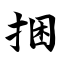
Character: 捆